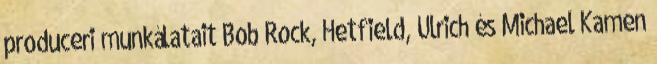
produceri munkálatait Bob Rock, Hetfield, Ulrich és Michael Kamen